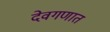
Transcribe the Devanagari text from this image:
देवगणात